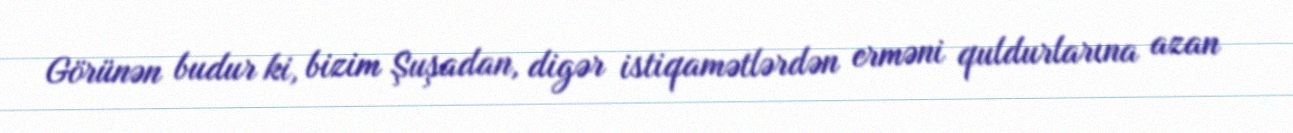
Görünən budur ki, bizim Şuşadan, digər istiqamətlərdən erməni quldurlarına azan